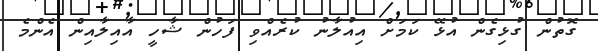
ގޮތުން ގުޅިގެން އުޅޭ ކަމަށް އިއުލާނު ކުރެއްވި ފަހުން ޝާހީ އާއިލާއިން އެންމެ